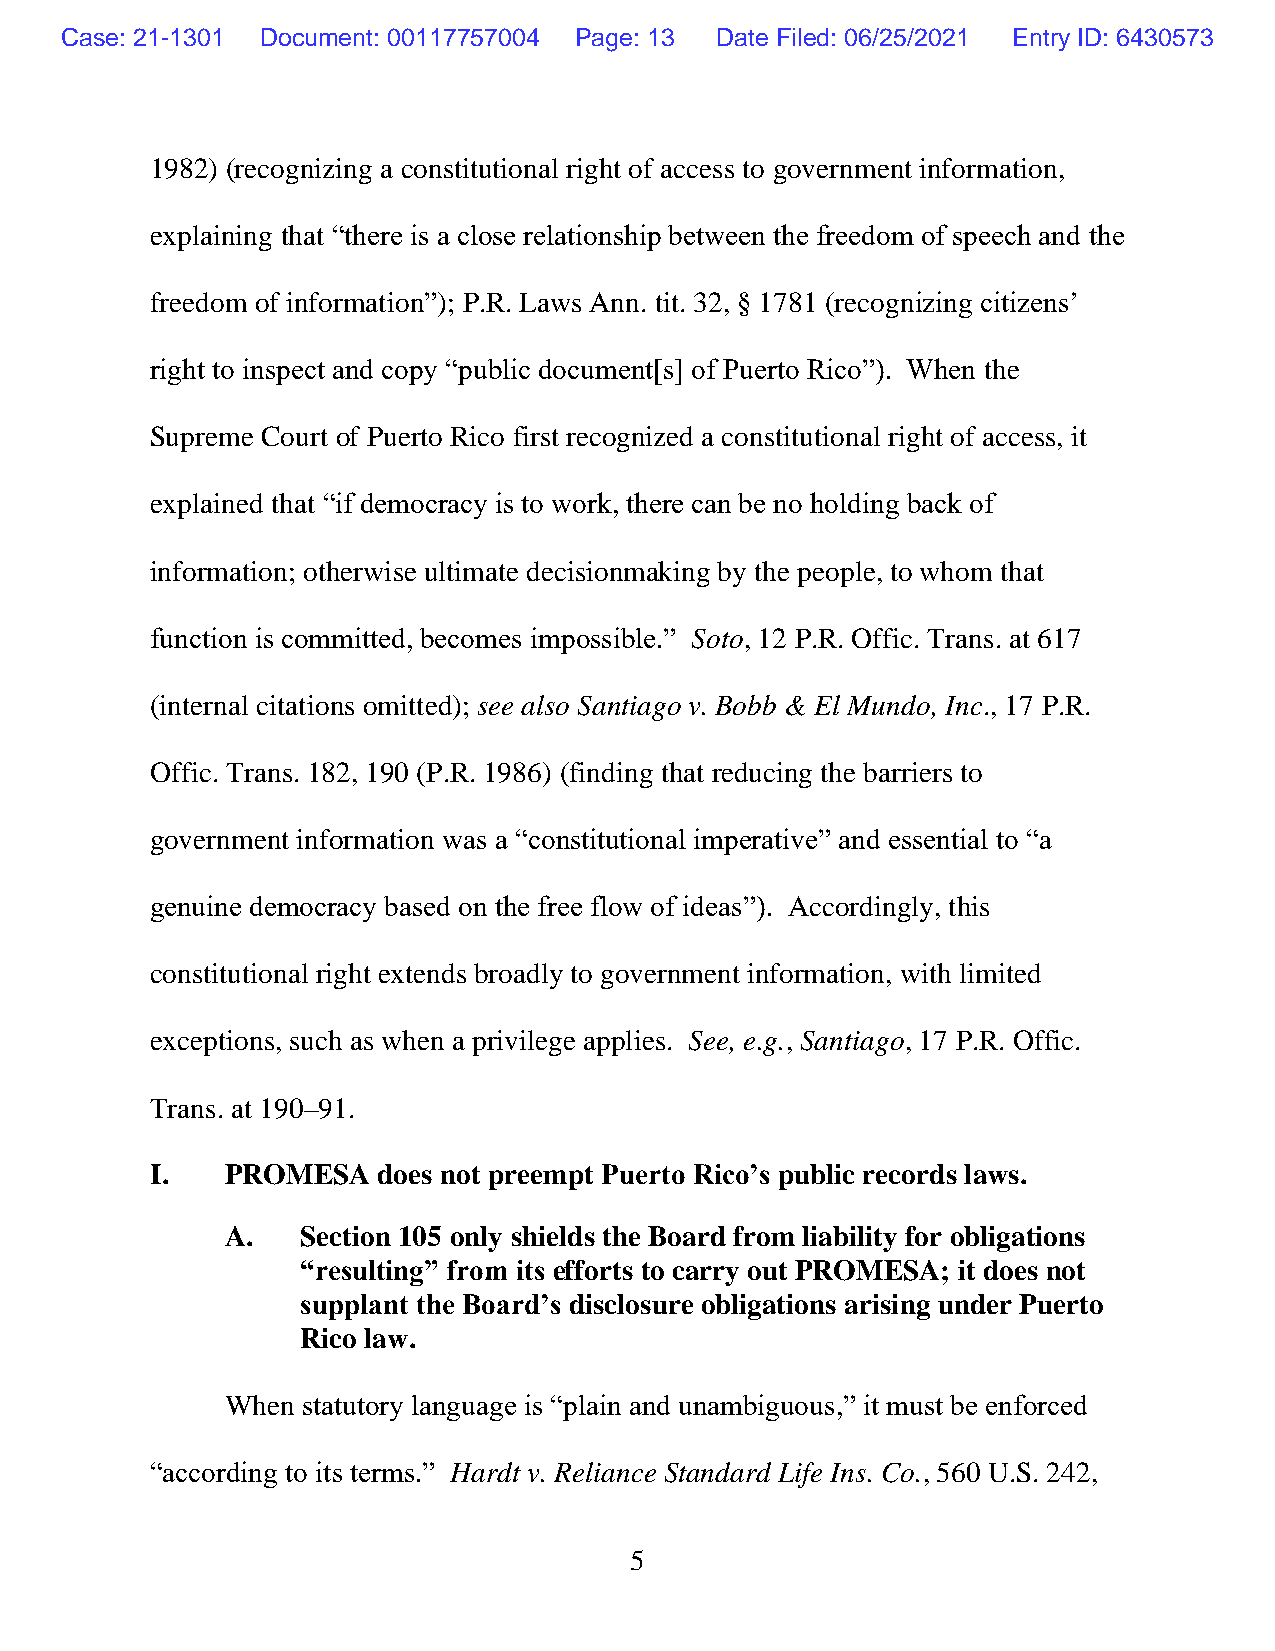
Case: 21-1301 Document: 00117757004 Page: 13 Date Filed: 06/25/2021 Entry ID: 6430573
 1982) (recognizing a constitutional right of access to government information,
 explaining that “there is a close relationship between the freedom of speech and the
 freedom of information”); P.R. Laws Ann. tit. 32, § 1781 (recognizing citizens’
 right to inspect and copy “public document[s] of Puerto Rico”). When the
 Supreme Court of Puerto Rico first recognized a constitutional right of access, it
 explained that “if democracy is to work, there can be no holding back of
 information; otherwise ultimate decisionmaking by the people, to whom that
 function is committed, becomes impossible.” Soto, 12 P.R. Offic. Trans. at 617
 (internal citations omitted); see also Santiago v. Bobb & El Mundo, Inc., 17 P.R.
 Offic. Trans. 182, 190 (P.R. 1986) (finding that reducing the barriers to
 government information was a “constitutional imperative” and essential to “a
 genuine democracy based on the free flow of ideas”). Accordingly, this
 constitutional right extends broadly to government information, with limited
 exceptions, such as when a privilege applies. See, e.g., Santiago, 17 P.R. Offic.
 Trans. at 190–91.
 I.   PROMESA   does not preempt Puerto Rico’s public records laws.
 A.   Section 105 only shields the Board from liability for obligations
 “resulting” from its efforts to carry out PROMESA; it does not
 supplant the Board’s disclosure obligations arising under Puerto
 Rico law.
 When statutory language is “plain and unambiguous,” it must be enforced
 “according to its terms.” Hardt v. Reliance Standard Life Ins. Co., 560 U.S. 242,
 5